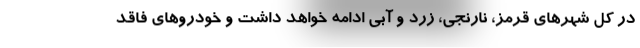
در کل شهرهای قرمز، نارنجی، زرد و آبی ادامه خواهد داشت و خودروهای فاقد